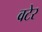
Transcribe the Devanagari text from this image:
वटेर